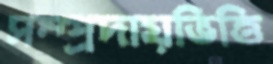
সম্প্রদায়ভিত্তি